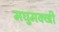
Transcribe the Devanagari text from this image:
मघुमक्खी